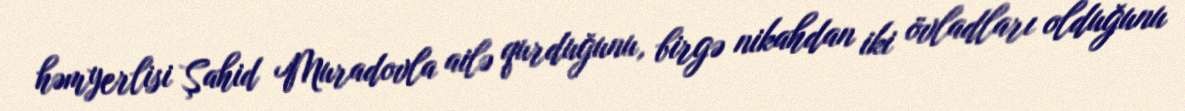
həmyerlisi Şahid Muradovla ailə qurduğunu, birgə nikahdan iki övladları olduğunu